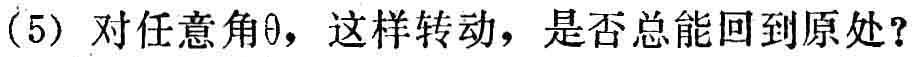
(5) 对任意角\(\theta\)，这样转动，是否总能回到原处？